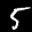
Label: 5